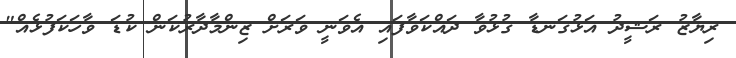
ރިޔާޒު ރަޝީދު އަޅުގަނޑާ ގުޅުވާ ދައްކަވާފައި އެވަނީ ވަރަށް ޒިންމާދާރުކަން ކުޑަ ވާހަކަފުޅެއް"